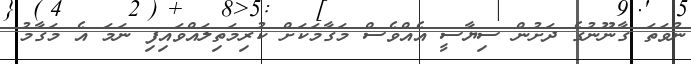
ނުވަތަ ގާނޫނުގެ ދަށުން ސިޔާސީ އެއްވެސް މަގާމަކަށް ކުރިމަތިލައްވައިފި ނަމަ އެ މަގާމު